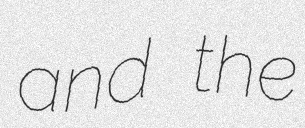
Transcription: and the